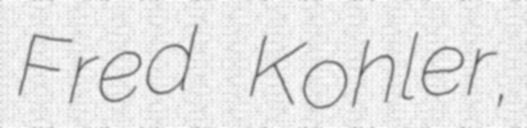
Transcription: Fred Kohler,